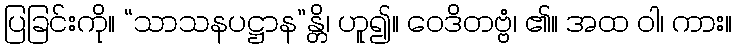
ပြခြင်းကို။ “သာသနပဋ္ဌာန”န္တိ၊ ဟူ၍။ ဝေဒိတဗ္ဗံ၊ ၏။ အထ ဝါ၊ ကား။